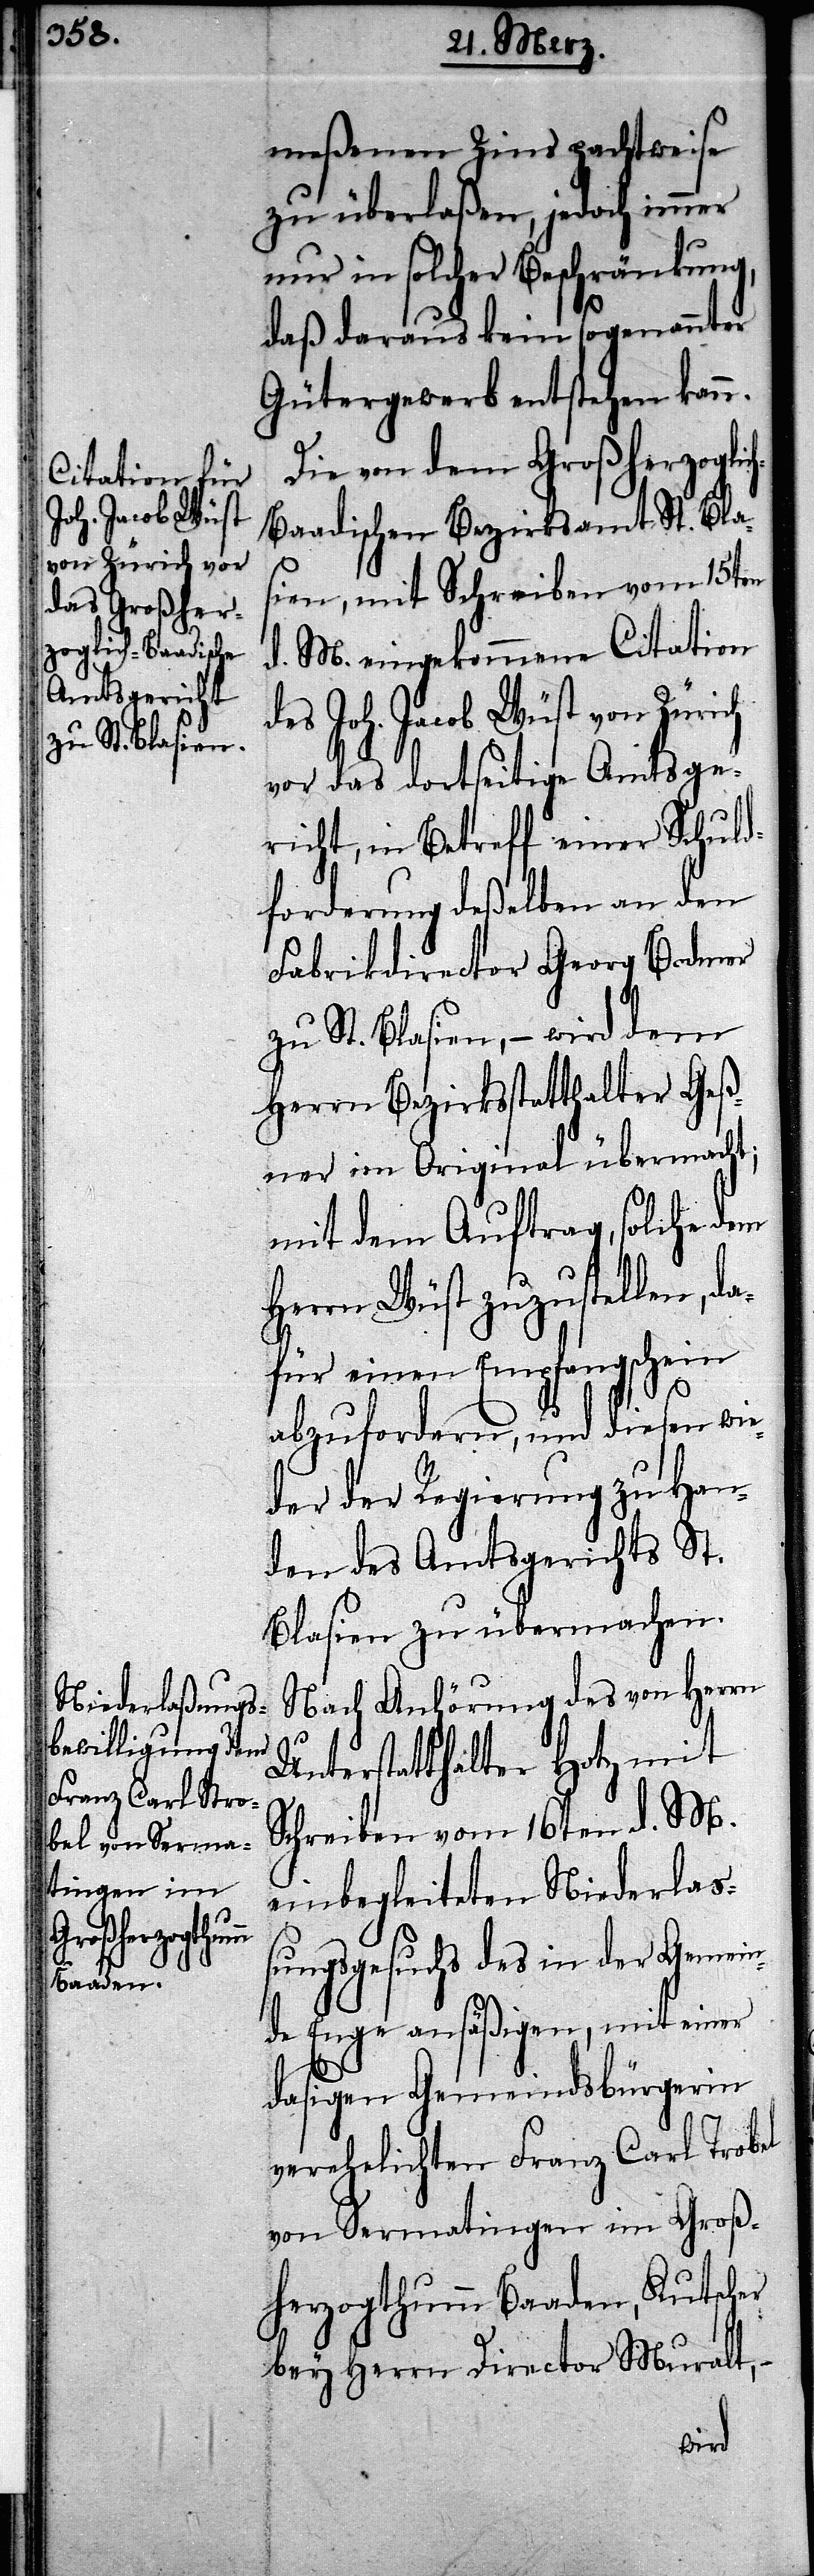
meßenen Zins pachtweise
zu überlaßen, jedoch immer
nur in solcher Beschränkung,
daß daraus kein sogenannter
Gütergewerb entstehen kann.
Die von dem Großherzoglic¬
h-Baadischen Bezirksamt St. Blas¬
ien, mit Schreiben vom 15ten
d. M. eingekommene Citation
es Joh. Jacob Wüst von Zürich
vor das dortseitige Amtsge¬
richt, in Betreff einer Schuld¬
forderung deßelben an den
Fabrikdirector Georg Bodmer
zu St. Blasien, – wird dem
Herrn Bezirksstatthalter Geß¬
ner im Original übermacht;
mit dem Auftrag, solche dem
Herrn Wüst zuzustellen, da¬
für einen Empfangschein
abzufordern, und diesen wie¬
der der Regierung zu Han¬
den des Amtsgerichts St.
Blasien zu übermachen.
Nach Anhörung des von Herrn
Unterstatthalter Hotz mit
Schreiben vom 16ten d. M.
einbegleiteten Niederlaß¬
d¬
ungsgesuchs des in der Gemein¬
de Enge ansäßigen, mit einer
dasigen Gemeindsbürgerin
verehelichten Franz Carl Trobel
von Sermatingen im Groß¬
herzogthumm Baaden, Kutscher
bey Herrn Director Muralt,